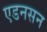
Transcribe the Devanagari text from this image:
एडनसन